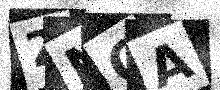
Text: 2NGA